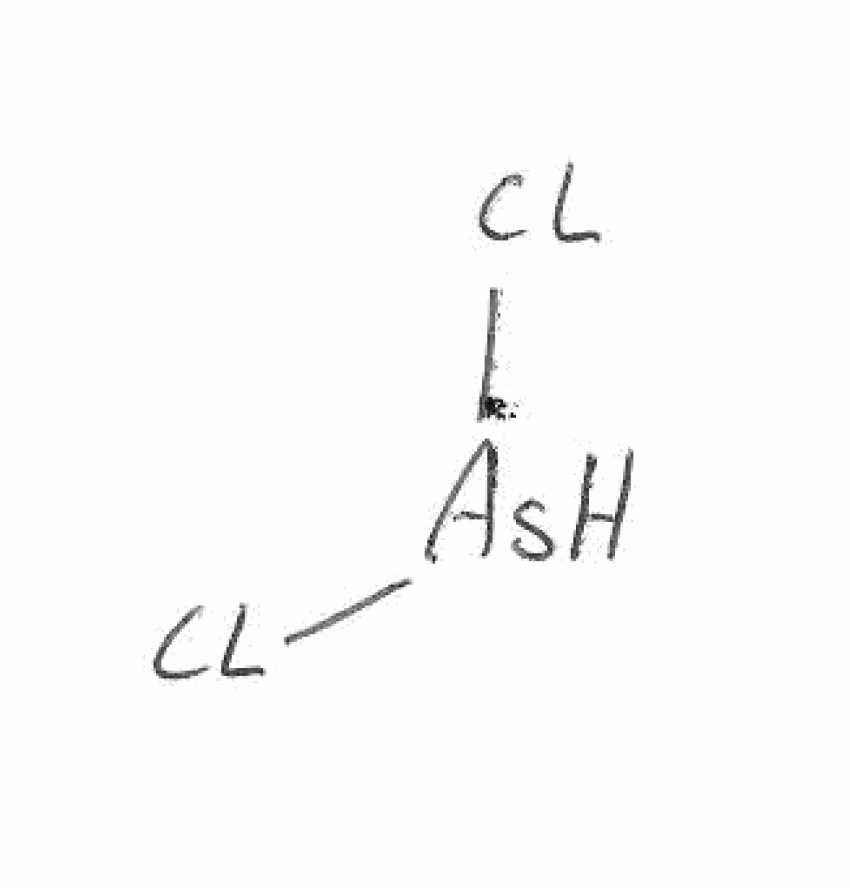
Simplified molecular-input line-entry system (SMILES) notation of the given molecule:
Cl[AsH]Cl